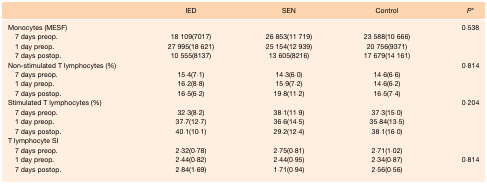
|  | IED | SEN | Control | P* |
 | --- | --- | --- | --- | --- |
 | Monocytes (MESF) |  |  |  | 0·538 |
 | 7 days preop. | 18 109(7017) | 26 853(11 719) | 23 588(10 666) |  |
 | 1 day preop. | 27 995(18 621) | 25 154(12 939) | 20 756(9371) |  |
 | 7 days postop. | 10 555(8137) | 13 605(8216) | 17 679(14 161) |  |
 | Non-stimulated T lymphocytes (%) |  |  |  | 0·814 |
 | 7 days preop. | 15·4(7·1) | 14·3(6·0) | 14·6(6·6) |  |
 | 1 day preop. | 16·2(8·8) | 15·9(7·2) | 14·6(6·2) |  |
 | 7 days postop. | 16·5(6·2) | 19·8(11·2) | 16·5(7·4) |  |
 | Stimulated T lymphocytes (%) |  |  |  | 0·204 |
 | 7 days preop. | 32·3(8·2) | 38·1(11·9) | 37·3(15·0) |  |
 | 1 day preop. | 37·7(12·7) | 36·6(14·5) | 35·84(13·5) |  |
 | 7 days postop. | 40·1(10·1) | 29·2(12·4) | 38·1(16·0) |  |
 | T lymphocyte SI |  |  |  |  |
 | 7 days preop. | 2·32(0·78) | 2·75(0·81) | 2·71(1·02) |  |
 | 1 day preop. | 2·44(0·82) | 2·44(0·95) | 2·34(0·87) | 0·814 |
 | 7 days postop. | 2·84(1·69) | 1·71(0·94) | 2·56(0·56) |  |